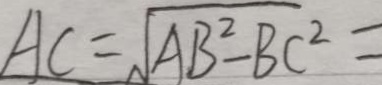
A C = \sqrt { A B ^ { 2 } - B C ^ { 2 } } =